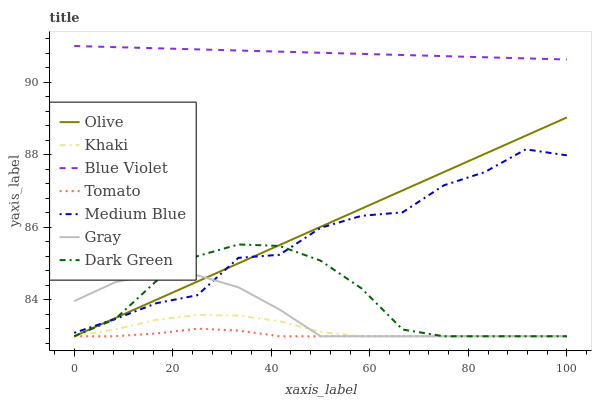
| xaxis_label | Olive | Khaki | Blue Violet | Tomato | Medium Blue | Gray | Dark Green |
 | --- | --- | --- | --- | --- | --- | --- | --- |
 | 0 | 83 | 83 | 91 | 83 | 83.1 | 84 | 83 |
 | 8.33 | 83.5 | 83.2 | 91 | 83 | 83.5 | 84.5 | 83.5 |
 | 16.7 | 84 | 83.5 | 90.9 | 83.1 | 83.9 | 84.7 | 84.5 |
 | 25 | 84.5 | 83.6 | 90.9 | 83.2 | 84.1 | 84.7 | 85.2 |
 | 33.3 | 85 | 83.6 | 90.9 | 83.2 | 85.2 | 84.3 | 85.5 |
 | 41.7 | 85.5 | 83.4 | 90.8 | 83 | 85.2 | 83.7 | 85.5 |
 | 50 | 86 | 83.1 | 90.8 | 83 | 86 | 83 | 85.1 |
 | 58.3 | 86.5 | 83 | 90.8 | 83 | 86.3 | 83 | 84.3 |
 | 66.7 | 87 | 83 | 90.8 | 83 | 86.4 | 83 | 83.2 |
 | 75 | 87.5 | 83 | 90.7 | 83 | 87.2 | 83 | 83 |
 | 83.3 | 88 | 83 | 90.7 | 83 | 87.5 | 83 | 83 |
 | 91.7 | 88.5 | 83 | 90.7 | 83 | 88.2 | 83 | 83 |
 | 100 | 89 | 83 | 90.6 | 83 | 88 | 83 | 83 |